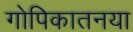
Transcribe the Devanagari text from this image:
गोपिकातनया